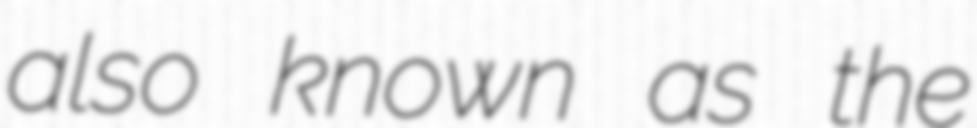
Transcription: also known as the